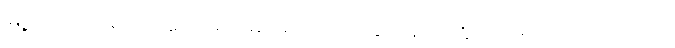
မြို့ထဲက နေရာ အတော်များများမှာလည်း ဆင်ရုပ်တွေကို ရောင်းကြ ပါတယ်။